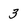
Character: 3